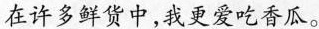
在许多鲜货中，我更爱吃香瓜。